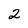
Character: 2